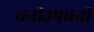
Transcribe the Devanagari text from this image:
वनीउपवनीं